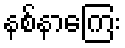
နစ်နာကြေး